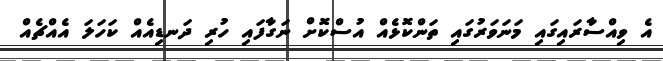
އެ ވިއްސާރައިގައި މަނަވަރުގައި ތަންކޮޅެއް އުސްކޮށް ނަގާފައި ހުރި ދަނޑިއެއް ކަހަލަ އެއްޗެއް